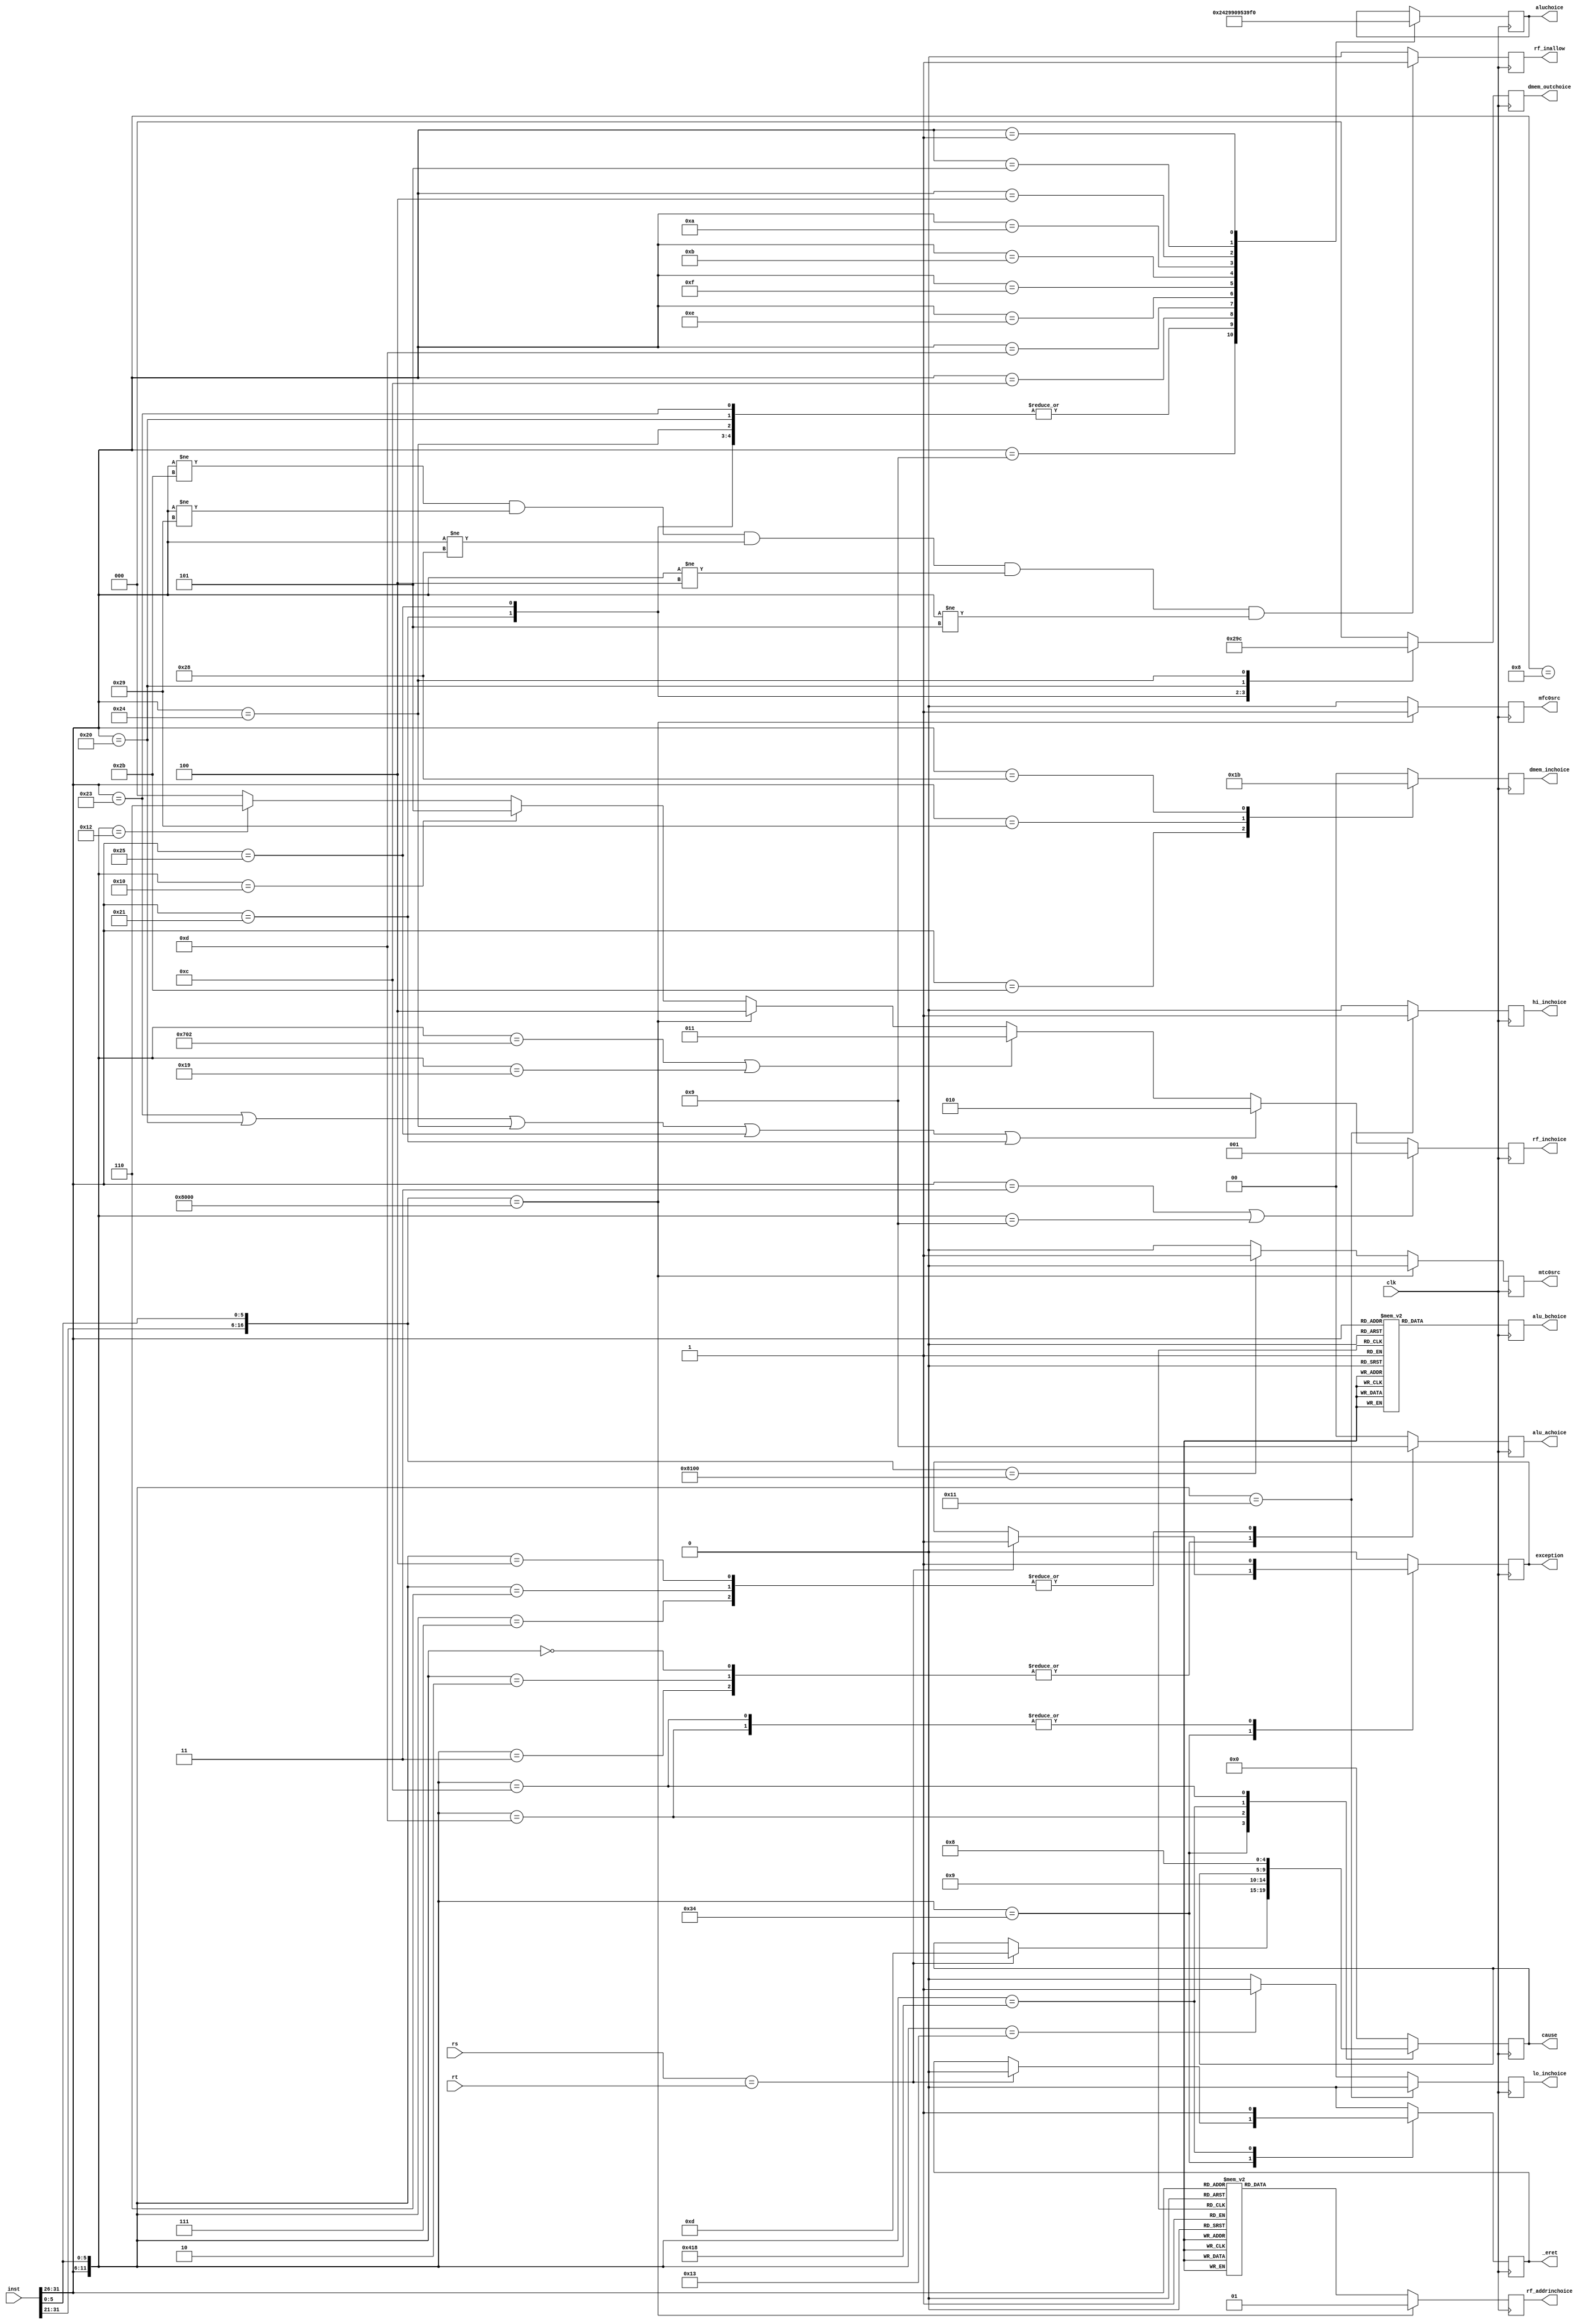
`timescale 1ns / 1ps
module controlunit(
    input clk,
    input [31:0] inst,
    input [31:0] rs,
    input [31:0] rt,
    output reg [4:0]aluchoice,
    output reg [1:0]alu_achoice,
    output reg [1:0]alu_bchoice,
    output reg [1:0]rf_addrinchoice,
    output reg [2:0]rf_inchoice,
    output reg rf_inallow,
    output reg hi_inchoice,
    output reg lo_inchoice,
    output reg [1:0]dmem_inchoice,
    output reg [2:0]dmem_outchoice,
    
    output reg mfc0src,
    output reg mtc0src,
    output reg exception,
    output reg _eret,
    output reg [4:0]cause
    );
    wire [16:0]moreop;
    assign moreop = {inst[31:21],inst[5:0]};
    wire [11:0]opcode;
    assign opcode = {inst[31:26],inst[5:0]};
    wire [5:0]halfop;
    assign halfop = {inst[31:26]};
          
    parameter [5:0]
    addi = 6'b001000,
    addiu = 6'b001001,
    andi = 6'b001100,
    ori = 6'b001101,
    sltiu = 6'b001011,
    lui = 6'b001111,
    xori = 6'b001110,
    slti = 6'b001010,
    beq = 12'b000100,
    bne = 6'b000101,
    bgez = 6'b000001,
    
    j = 6'b000010,
    jal = 6'b000011,
        
    lw = 6'b100011,
    sw = 6'b101011,
    lb = 6'b100000,
    lbu = 6'b100100,
    lhu = 6'b100101,
    sb = 6'b101000,
    sh = 6'b101001,
    lh = 6'b100001;
     
    parameter [11:0] 
    addu = 12'b000000_100001,
    _and = 12'b000000_100100,
    _xor = 12'b000000_100110,
    _nor = 12'b000000_100111,
    _or = 12'b000000_100101,
    sll = 12'b000000_000000,
    sllv = 12'b000000_000100,
    sltu = 12'b000000_101011,
    sra = 12'b000000_000011,
    srl = 12'b000000_000010,
    subu = 12'b000000_100011,
    add = 12'b000000_100000,
    sub = 12'b000000_100010,
    slt = 12'b000000_101010,
    srlv = 12'b000000_000110,
    srav = 12'b000000_000111,
    clz = 12'b011100_100000,
    divu = 12'b000000_011011,
    mul = 12'b011100_000010,
    multu = 12'b000000_011001,
    teq = 12'b000000_110100,
    div = 12'b000000_011010,
    
    jr = 12'b000000_001000,
    jalr = 12'b000000_001001,

    mfhi = 12'b000000_010000,
    mflo = 12'b000000_010010,
    mthi = 12'b000000_010001,
    mtlo = 12'b000000_010011,
    
    eret = 12'b010000_011000,
    syscall = 12'b000000_001100,
    _break = 12'b000000_001101;
    
    parameter [16:0]
    mfc0 = 17'b010000_00000_000000,
    mtc0 = 17'b010000_00100_000000;
                
    //opcode
    always @(posedge clk) 
    begin;
        //alu
        case(opcode)
            addu,addiu:aluchoice <= 5'b00000;
            add,addi:aluchoice <= 5'b00001;
            subu:aluchoice <= 5'b00010;
            sub:aluchoice <= 5'b00011;
            andi,_and:aluchoice <= 5'b00100;
            ori,_or:aluchoice <= 5'b00101;
            xori,_xor:aluchoice <= 5'b00110;
            _nor:aluchoice <= 5'b00111;
            lui:aluchoice <= 5'b01000;
            sltu,sltiu:aluchoice <= 5'b01001;
            slt,slti:aluchoice <= 5'b01010;
            sra,srav:aluchoice <= 5'b01011;
            srl,srlv:aluchoice <= 5'b01100;
            sll,sllv:aluchoice <= 5'b01101;
            beq:aluchoice <= 5'b01110;
            bne:aluchoice <= 5'b01111;
            bgez:aluchoice <= 5'b10000;
            div:aluchoice <= 5'b10001;
            divu:aluchoice <= 5'b10010;
            mul:aluchoice <= 5'b10011;
            multu:aluchoice <= 5'b10100;
            clz:aluchoice <= 5'b10101;
            teq:aluchoice <= 5'b10110;
            default: aluchoice <= 5'b00000;
        endcase
        case(halfop)
            addiu:aluchoice <= 5'b00000;
            addi, lw, sw, lb, lbu, lhu, sb, sh, lh:aluchoice <= 5'b00001;
            andi:aluchoice <= 5'b00100;
            ori:aluchoice <= 5'b00101;
            xori:aluchoice <= 5'b00110;
            lui:aluchoice <= 5'b01000;
            sltiu:aluchoice <= 5'b01001;
            slti:aluchoice <= 5'b01010;
            beq:aluchoice <= 5'b01110;
            bne:aluchoice <= 5'b01111;
            bgez:aluchoice <= 5'b10000;
            default: aluchoice <= aluchoice;
        endcase
        //alu_a
        case(opcode)
            sll, srl, sra:alu_achoice <= 2'b10;
            sllv, srlv, srav:alu_achoice <= 2'b01;
            default: alu_achoice <= 2'b00;   
        endcase
        //alu_b
        case(halfop)
            jal, jalr:alu_bchoice <= 2'b11;
            andi, ori, xori, lw, sw, lb, lbu, lhu, sb, sh, lh:alu_bchoice <= 2'b10;
            addi,addiu, sltiu, lui, slti:alu_bchoice <= 2'b01;
            default: alu_bchoice <= 2'b00;    
        endcase
        //rf_addrin
        case(halfop)
            addi,addiu, andi, ori, sltiu, lui, xori, slti, lw, sw, lb, lbu, lhu, sb, sh, lh:rf_addrinchoice = 2'b01;
            jal:rf_addrinchoice = 2'b10;
            default: rf_addrinchoice = 2'b00;    
        endcase
        if(moreop == mfc0)
            rf_addrinchoice = 2'b01;
        else
            rf_addrinchoice = rf_addrinchoice;
        //rf_in
        if(halfop == jal || opcode == jalr)
            rf_inchoice <= 3'b001;
        else if(halfop == lw || halfop == lb || halfop == lbu || halfop == lhu || halfop == lh)
            rf_inchoice <= 3'b010;
        else if(opcode == mul || opcode == multu)
            rf_inchoice <= 3'b011;
        else if(moreop == mfc0)
            rf_inchoice <= 3'b100;
        else if(opcode == mfhi)
            rf_inchoice <= 3'b101;
        else if(opcode == mflo)
            rf_inchoice <= 3'b110;
        else
            rf_inchoice <= 0;
        //rf_inallow
        if (halfop != sw && halfop != sh && halfop != sb && halfop != beq && halfop != bne)
            rf_inallow <= 1;
        else
            rf_inallow <= 0;
        //hi_lo
        if(opcode == mthi)
        begin
            hi_inchoice <= 1;
            lo_inchoice <= 0;
        end
        else if(opcode == mtlo)
        begin
            hi_inchoice <= 0;
            lo_inchoice <= 1;
        end
        else
        begin
            hi_inchoice <= 0;
            lo_inchoice <= 0;
        end
        //dmem
        case(halfop)
            sw:dmem_inchoice <= 2'b01;
            sh:dmem_inchoice <= 2'b10;
            sb:dmem_inchoice <= 2'b11;
            default: dmem_inchoice <= 2'b00;
        endcase
        case(halfop)
            lw:dmem_outchoice <= 3'b000;
            lh:dmem_outchoice <= 3'b001;
            lhu:dmem_outchoice <= 3'b010;
            lb:dmem_outchoice <= 3'b011;
            lbu:dmem_outchoice <= 3'b100;
            default: dmem_outchoice <= 3'b000;
        endcase
        //cp0
        case(opcode)
            teq:
            begin 
                if(rs == rt)
                begin
                    exception <= 1;
                    _eret <= 0;
                    cause <= 5'b01101;
                end
            end
            _break:
            begin 
                exception <= 1;
                _eret <= 0;
                cause <= 5'b01001;
            end
            eret:
            begin 
                exception <= 0;
                _eret <= 1;
            end
            syscall:
            begin   
                exception <= 1;
                _eret <= 0;
                cause <= 5'b01000;
            end
            default:
            begin 
                exception <= 0;
                _eret <= 0;
                cause <= 5'b00000;
            end
        endcase
        if(moreop == mfc0)
        begin
            mfc0src <= 1;
            mtc0src <= 0;
        end
        else if(moreop == mtc0)
        begin
            mfc0src <= 0;
            mtc0src <= 1;
        end
        else
        begin
            mfc0src <= 0;
            mtc0src <= 0;
        end       
   end
endmodule